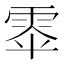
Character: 𮦎